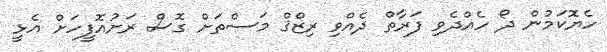
ހެޔޮކަމުން ދޯ ހެއްދެވި ފަރާތް ދެއްވި ރިޒްޤް މަސްތަށް ގޮސް ރަށުއޮފީހަށް އެޅީ